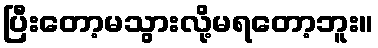
ပြီးတော့မသွားလို့မရတော့ဘူး။